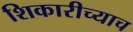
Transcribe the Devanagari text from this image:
शिकारीच्याच